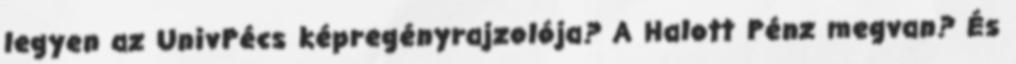
legyen az UnivPécs képregényrajzolója? A Halott Pénz megvan? És